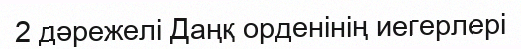
2 дәрежелі Даңқ орденінің иегерлері